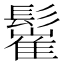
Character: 𩮴